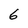
Character: 6